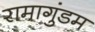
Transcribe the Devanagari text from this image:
रामागुंडम